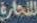
للتجارة